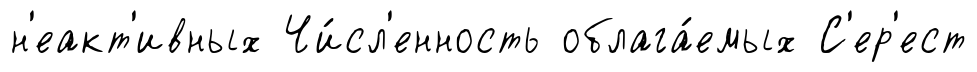
н'еакт'ивных Чи́сл'енность облага́емых С'ер'ест